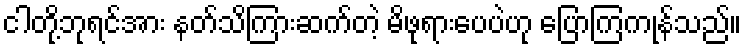
ငါတို့ဘုရင်အား နတ်သိကြားဆက်တဲ့ မိဖုရားပေပဲဟု ပြောကြကုန်သည်။